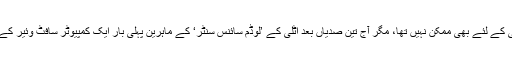
سسٹر ماریہ کی یہ تحریریں کسی عجیب و غریب زبان میں تھیں جنہیں سمجھنا کسی کے لئے بھی ممکن نہیں تھا، مگر آج تین صدیاں بعد اٹلی کے ’لوڈم سائنس سنٹر‘ کے ماہرین پہلی بار ایک کمپیوٹر سافٹ وئیر کے ذریعے ان پُر اسرار خطوط میں سے ایک کا ترجمہ کرنے میں کامیاب ہوگئے ہیں۔